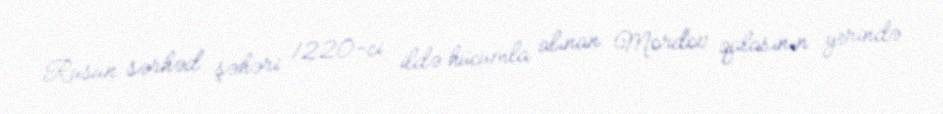
Rusun sərhəd şəhəri 1220-ci ildə hücumla alınan Mordov qalasının yerində